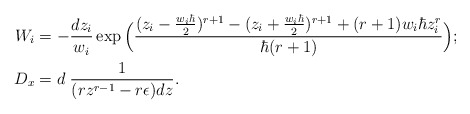
\begin{align*}W_i & = - \frac{dz_i}{w_i} \exp\Big( \frac{(z_i-\frac{w_i\hbar}{2})^{r+1}-(z_i+\frac{w_i\hbar}{2})^{r+1}+(r+1)w_i\hbar z_i^r}{\hbar(r+1)} \Big);\\ D_x & = d \; \frac{1}{(rz^{r-1}-r\epsilon)dz}.\end{align*}